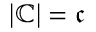
\left\vert \mathbb { C } \right\vert = { \mathfrak { c } }